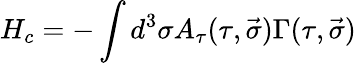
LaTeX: H_{c}=-\int{d^{3}\sigma A_{\tau}(\tau,\vec{\sigma})\Gamma(\tau,\vec{\sigma})}